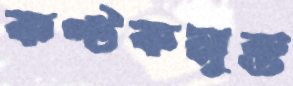
কণ্টকমুক্ত